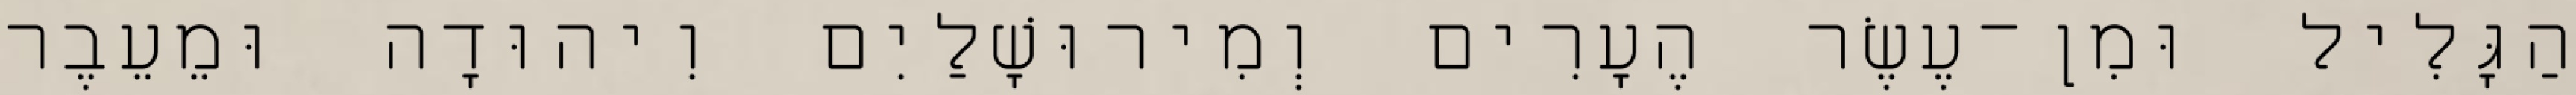
הַגָּלִיל וּמִן־עֶשֶׂר הֶעָרִים וְמִירוּשָׁלַיִם וִיהוּדָה וּמֵעֵבֶר